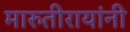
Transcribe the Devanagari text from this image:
मारुतीरायांनी